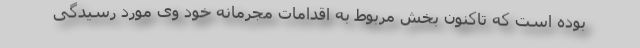
بوده است که تاکنون بخش مربوط به اقدامات مجرمانه خود وی مورد رسیدگی